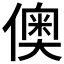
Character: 𬿪